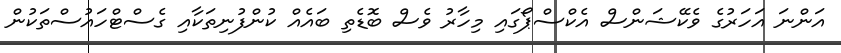
އަންނަ އަހަރުގެ ވެކޭޝަންސް އެކްސްޕޯގައި މިހާރު ވެސް ބޮޑެތި ބައެއް ކުންފުނިތަކާއި ގެސްޓްހައުސްތަކުން